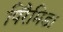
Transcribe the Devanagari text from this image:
पिरैमिड।